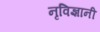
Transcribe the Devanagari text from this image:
नृविज्ञानी